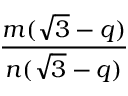
\frac { m ( { \sqrt { 3 } } - q ) } { n ( { \sqrt { 3 } } - q ) }